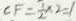
C F = \frac { 1 } { 2 } \times 2 = 1